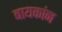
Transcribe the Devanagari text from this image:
बायकांन